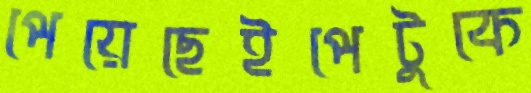
পেয়েছেইপেটুকে